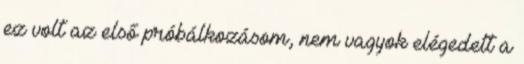
ez volt az első próbálkozásom, nem vagyok elégedett a